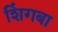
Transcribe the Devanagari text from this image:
शिंगबा